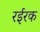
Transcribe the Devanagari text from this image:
रईरक